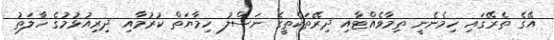
އޭގެ ތެރޭގައި ހިމެނެނީ ތިމާވެއްޓާއި ދިރޭތަކެތީގެ ނަސްލު ހިމާޔަތް ކުރުމާއި ދިރިއުޅުމުގެ ހާލަތު